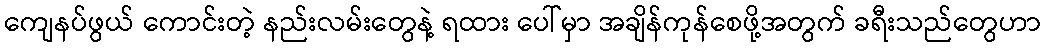
ကျေနပ်ဖွယ် ကောင်းတဲ့ နည်းလမ်းတွေနဲ့ ရထား ပေါ်မှာ အချိန်ကုန်စေဖို့အတွက် ခရီးသည်တွေဟာ